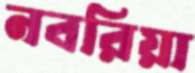
নবরিয়া